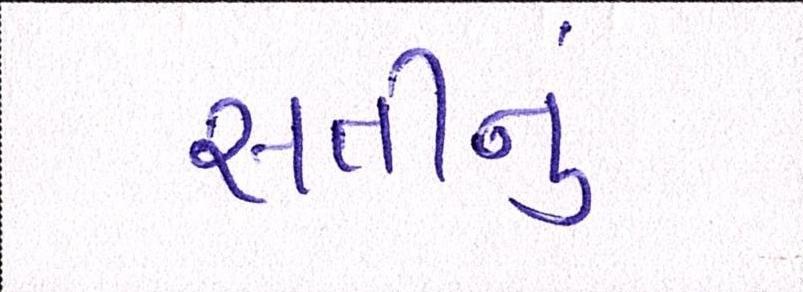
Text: સતીનું